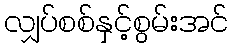
လျှပ်စစ်နှင့်စွမ်းအင်